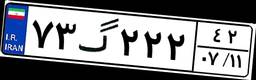
۷۳گ۲۲۲۴۲